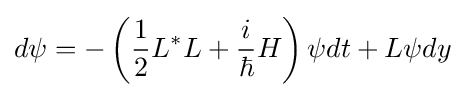
d\psi =-\left({\frac {1}{2}}L^{\ast }L+{\frac {i}{\hbar }}H\right)\psi dt+L\psi dy